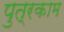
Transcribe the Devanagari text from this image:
पुत्रकाम